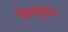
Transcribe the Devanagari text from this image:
बिन्दूसार